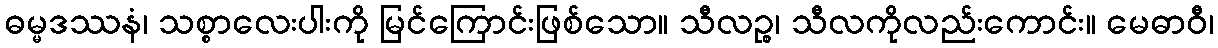
ဓမ္မဒဿနံ၊ သစ္စာလေးပါးကို မြင်ကြောင်းဖြစ်သော။ သီလဉ္စ၊ သီလကိုလည်းကောင်း။ မေဓာဝီ၊